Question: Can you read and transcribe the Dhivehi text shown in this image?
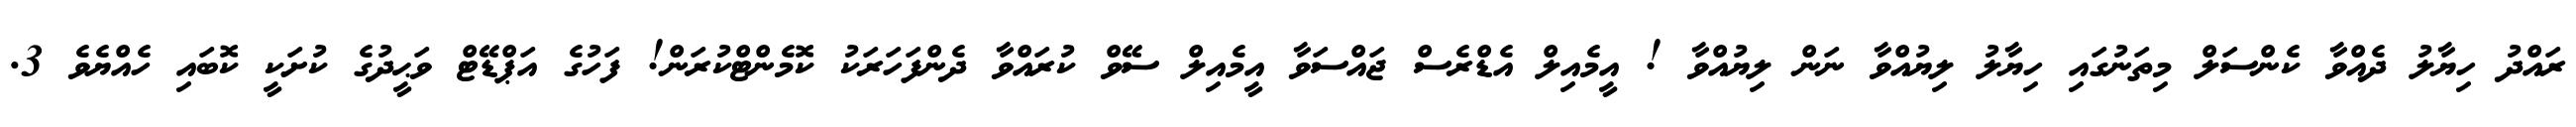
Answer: ރައްދު ހިޔާލު ދެއްވާ ކެންސަލް މިތަނުގައި ހިޔާލު ލިޔުއްވާ ނަން ލިޔުއްވާ ! އީމެއިލް އެޑްރެސް ޖައްސަވާ އީމެއިލް ސޭވް ކުރައްވާ ދެންފަހަރަކު ކޮމެންޓްކުރަން! ފަހުގެ އަޕްޑޭޓް ވަޙީދުގެ ކުށަކީ ކޮބައި ހެއްޔެވެ 3.